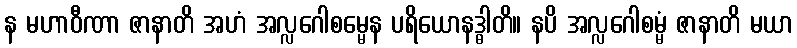
န မဟာဝီဏာ ဇာနာတိ အဟံ အလ္လဂေါစမ္မေန ပရိယောနဒ္ဓါတိ။ နပိ အလ္လဂေါစမ္မံ ဇာနာတိ မယာ